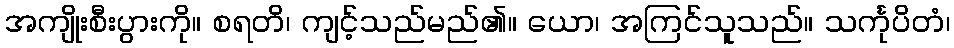
အကျိုးစီးပွားကို။ စရတိ၊ ကျင့်သည်မည်၏။ ယော၊ အကြင်သူသည်။ သင်္ကုပိတံ၊